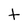
Character: t